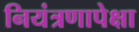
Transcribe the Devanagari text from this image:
नियंत्रणापेक्षा